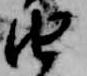
由